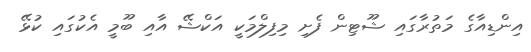
އިންޑިއާގެ މަތުރާގައި ޝޫޓިން ފެށި މިފިލްމަކީ އަކްޝޭ އާއި ބޫމީ އެކުގައި ކުޅޭ